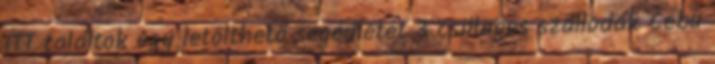
ITT találtok egy letölthető segédletet 3 csillagos szállodák Cebu